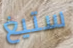
ستيغ